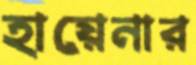
হায়েনার